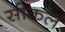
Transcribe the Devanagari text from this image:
सीकल